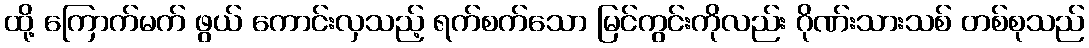
ထို့ ကြောက်မက် ဖွယ် ကောင်းလှသည့် ရက်စက်သော မြင်ကွင်းကိုလည်း ဂိုဏ်းသားသစ် တစ်စုသည်